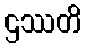
ဌဿတိ